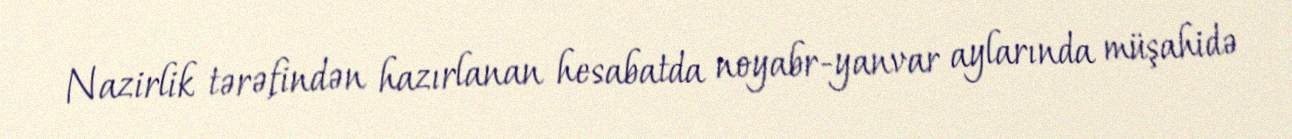
Nazirlik tərəfindən hazırlanan hesabatda noyabr-yanvar aylarında müşahidə